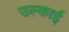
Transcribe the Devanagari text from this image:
उल्काई